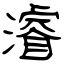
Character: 濬